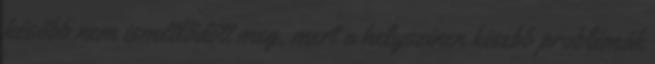
később nem ismétlődött meg, mert a helyszínen kisebb problémák